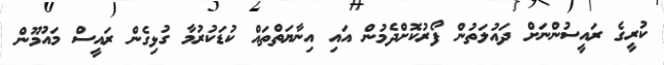
ކުރީގެ ރައީސުންނަށް ދައުލަތުން ފޯރުކޮށްދެމުން އައި އިނާޔަތްތައް ކުޑަކުރުމާ ގުޅިގެން ރައީސް މައުމޫން